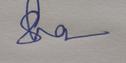
Signature authenticity: genuine